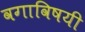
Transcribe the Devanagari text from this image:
वगाविषयी